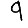
Digit: 9